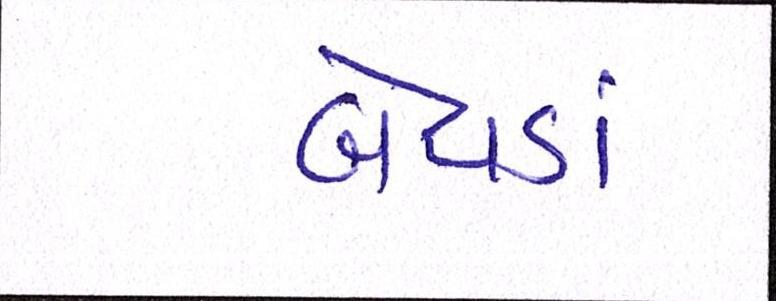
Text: બેવડાં